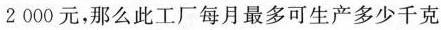
2000元，那么此工厂每月最多可生产多少千克